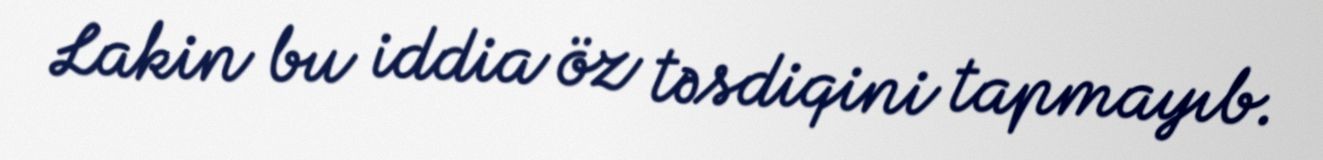
Lakin bu iddia öz təsdiqini tapmayıb.